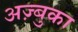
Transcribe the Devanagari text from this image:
अज़्बुका